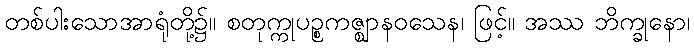
တစ်ပါးသောအာရုံတို့၌။ စတုက္ကုပဉ္စကဇ္ဈာနဝသေန၊ ဖြင့်။ အဿ ဘိက္ခုနော၊